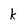
Character: k